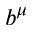
b ^ { \mu }